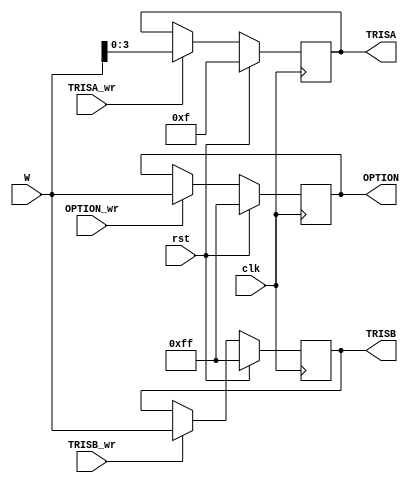
`timescale 1ns / 1ps
//////////////////////////////////////////////////////////////////////////////////
// Company: 
// 
// Design Name: 
// Module Name: Reg_Misc
// Project Name: 
// Target Devices: 
// Tool Versions: 
// Description: 
// 
// Dependencies: 
// 
// Revision:
// Revision 0.01 - File Created
// Additional Comments:
// 
//////////////////////////////////////////////////////////////////////////////////


module Reg_Misc(
    input        rst,
    input        clk,
    input        TRISA_wr,
    input        TRISB_wr,
    input        OPTION_wr,
    input  [7:0] W,
    output reg [3:0] TRISA,
    output reg [7:0] TRISB,
    output reg [7:0] OPTION
    );
//
//////////////////////////////////////////////////////////////////////////////////
//
  always @(posedge clk)
     if (rst) TRISA <= 4'b1111;
     else begin
        if (TRISA_wr)   TRISA <= W[3:0];
        else            TRISA <= TRISA;
     end

  always @(posedge clk)
     if (rst) TRISB <= 8'b11111111;
     else begin
        if (TRISB_wr)   TRISB <= W;
        else            TRISB <= TRISB;
     end
//
  always @(posedge clk)
     if (rst) OPTION <= 8'b11111111;
     else begin
        if (OPTION_wr)  OPTION <= W;
        else            OPTION <= OPTION;
     end

//////////////////////////////////////////////////////////////////////////////////
//
endmodule